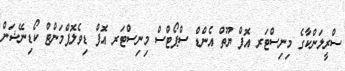
ސްރީލަންކާގެ މިނިސްޓަރ އޮފް ޔޫތް އެންޑް ސްޕޯޓްސް މިނިސްޓަރ އޮފް ޑިވެލޮޕްމަންޓް ކޯޑިނޭޝަން